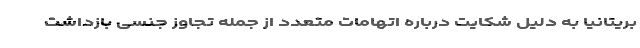
بریتانیا به دلیل شکایت درباره اتهامات متعدد از جمله تجاوز جنسی بازداشت